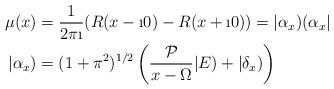
LaTeX: \begin{align*} \mu(x)&= \frac{1}{2\pi \i}(R(x-\i 0)-R(x + \i 0))=|\alpha_x)(\alpha_x|\\ |\alpha_x)&= (1+\pi^2)^{ 1/2}\left(\frac{\mathcal{P}}{x-\Omega}|E)+|\delta_x)\right)\end{align*}